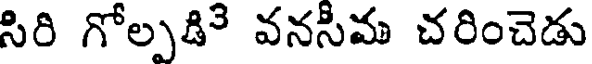
సిరి గోల్పడిె వనసీమ చరించెడు